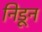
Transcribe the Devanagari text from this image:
निडून